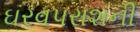
ઘરવપરાશની